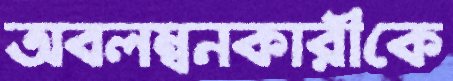
অবলম্বনকারীকে